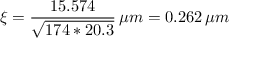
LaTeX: \xi = { \frac { 1 5 . 5 7 4 } { \sqrt { 1 7 4 * 2 0 . 3 } } } \, \mu m = 0 . 2 6 2 \, \mu m